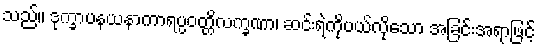
သည်။ ဒုက္ခာပနယနာကာရပ္ပဝတ္တိလက္ခဏာ၊ ဆင်းရဲကိုပယ်လိုသော အခြင်းအရာဖြင့်